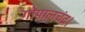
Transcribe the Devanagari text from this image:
गोपालचंद्र।